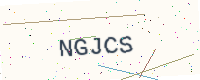
Text: NGJCS